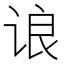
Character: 𬣼